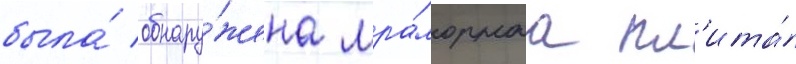
была́ обнару́жена мра́морнаа пл'ита́